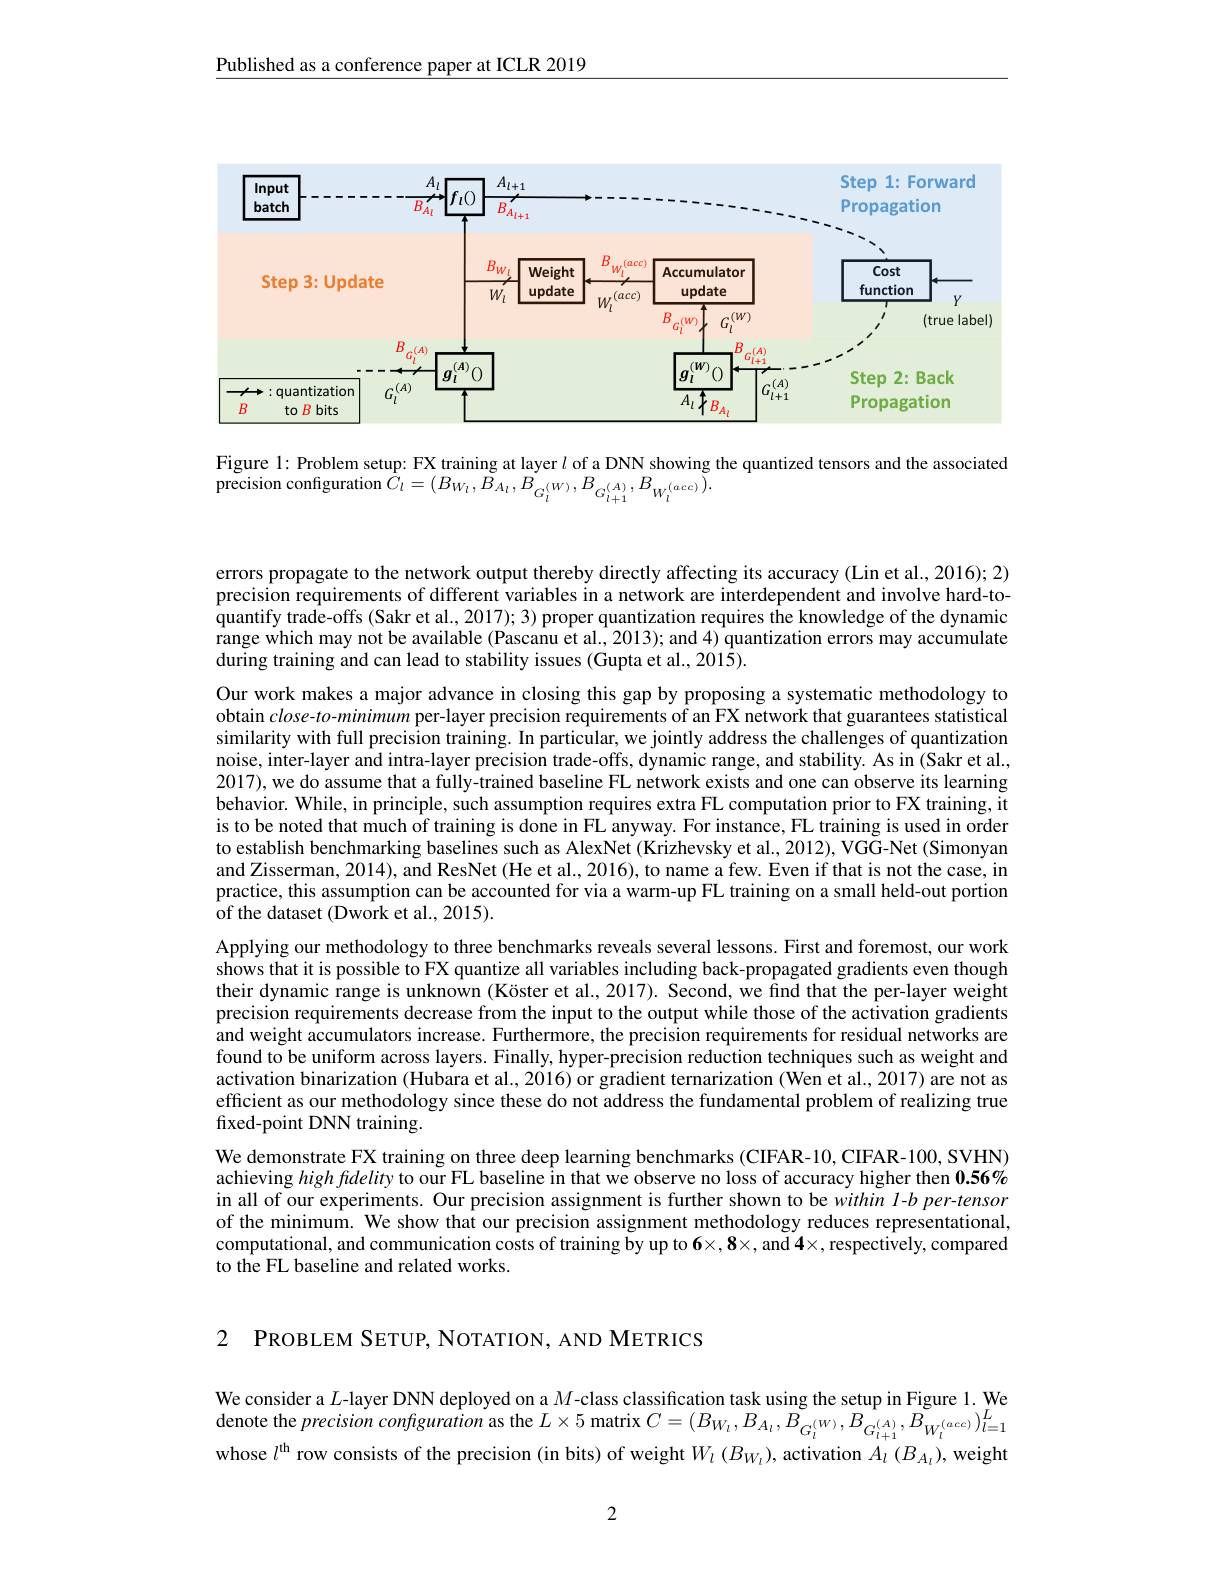
Published as a conference paper at ICLR 2019

<FigureHere>

Figure 1: Problem setup: FX training at layer $l$ of a DNN showing the quantized tensors and the associated
11gut 1. 1100icin sctup. 1. 1 tuaming at layci t oi a Divir siowing t precision configuration $C_{l}= ( B_{W_{l}}, B_{A_{l}}, B_{G_{l}}^{( W) }, B_{G_{l+ 1}}^{( A) }, B_{W_{l}}^{( acc) }) .$

errors propagate to the network output thereby directly affecting its accuracy (Lin et al., 2016); 2) precision requirements of different variables in a network are interdependent and involve hard-toquantify trade-offs (Sakr et al., 2017); 3) proper quantization requires the knowledge of the dynamic range which may not be available (Pascanu et al., 2013); and 4) quantization errors may accumulate during training and can lead to stability issues (Gupta et al., 201$\tilde{5}).$

Our work makes a major advance in closing this gap by proposing a systematic methodology to obtain $close-to-minimum$ per-layer precision requirements of an FX network that guarantees statistical similarity with full precision training. In particular, we jointly address the challenges of quantization noise, inter-layer and intra-layer precision trade-offs, dynamic range, and stability. As in (Sakr et al., 2017), we do assume that a fully-trained baseline FL network exists and one can observe its learning behavior. While, in principle, such assumption requires extra FL computation prior to FX training, it is to be noted that much of training is done in FL anyway. For instance, FL training is used in order to establish benchmarking baselines such as AlexNet (Krizhevsky et al., 2012), VGG-Net (Simonyan and Zisserman, 2014), and ResNet (He et al., 2016), to name a few. Even if that is not the case, in practice, this assumption can be accounted for via a warm-up FL training on a small held-out portion of the dataset (Dwork et al., 2015).

Applying our methodology to three benchmarks reveals several lessons. First and foremost, our work shows that it is possible to FX quantize all variables including back-propagated gradients even though their dynamic range is unknown (Köster et al., 2017). Second, we find that the per-layer weight precision requirements decrease from the input to the output while those of the activation gradients and weight accumulators increase. Furthermore, the precision requirements for residual networks are found to be uniform across layers. Finally, hyper-precision reduction techniques such as weight and activation binarization (Hubara et al., 2016) or gradient ternarization (Wen et al., 2017) are not as efficient as our methodology since these do not address the fundamental problem of realizing true fixed-point DNN training.
We demonstrate FX training on three deep learning benchmarks (CIFAR-10, CIFAR-100, SVHN) achieving high fidelity to our FL baseline in that we observe no loss of accuracy higher then 0.56% in all of our experiments. Our precision assignment is further shown to be within 1-b per-tensor of the minimum. We show that our precision assignment methodology reduces representational, computational, and communication costs of training by up to $6\times,8\times$, and $4\times$, respectively, compared to the FL baseline and related works.

2 PROBLEM SETUP, NOTATION, AND METRICS

We consider a $L$-layer DNN deployed on a $M$-class classification task using the setup in Figure 1. We denote the precision configuration as the $L\times5$ matrix $C=(B_{W_{l}},B_{A_{l}},\tilde{B}_{G_{l}^{(W)}},\tilde{B}_{G_{l+1}^{(A)}},\tilde{B}_{W_{l}^{(acc)}})_{l=1}^{L}$ whose $l^\mathrm{th}$ row consists of the precision (in bits) of weight $W_l\left(B_{W_{\iota}}\right)$, activation $A_l\left(B_{A_{\iota}}\right)$,weight

2